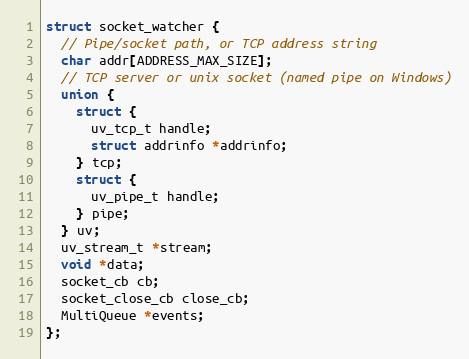
Language: C
struct socket_watcher {
  // Pipe/socket path, or TCP address string
  char addr[ADDRESS_MAX_SIZE];
  // TCP server or unix socket (named pipe on Windows)
  union {
    struct {
      uv_tcp_t handle;
      struct addrinfo *addrinfo;
    } tcp;
    struct {
      uv_pipe_t handle;
    } pipe;
  } uv;
  uv_stream_t *stream;
  void *data;
  socket_cb cb;
  socket_close_cb close_cb;
  MultiQueue *events;
};